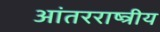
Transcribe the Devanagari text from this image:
आंतरराष्त्रीय